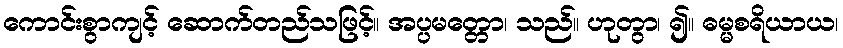
ကောင်းစွာကျင့် ဆောက်တည်သဖြင့်။ အပ္ပမတ္တော၊ သည်။ ဟုတွာ၊ ၍။ ဓမ္မစရိယာယ၊